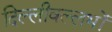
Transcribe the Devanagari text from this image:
दिल्लीवल्लभों